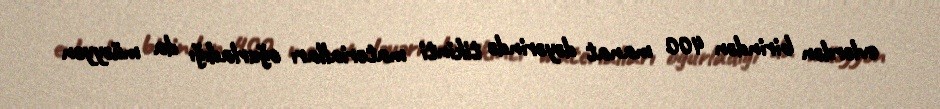
evlərdən birindən 400 manat dəyərində tikinti materialları oğurladığı da müəyyən